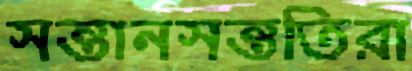
সন্তানসন্ততিরা